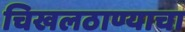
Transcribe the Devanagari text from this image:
चिखलठाण्याचा